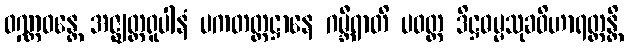
ဝဏ္ဏဝန္တေ အဇ္ဈတ္တရူပါနံ ပကတတ္တဋ္ဌာနေ ဂမ္ဘီရာတိ ပဝတ္တ ဒိဋ္ဌဓမ္မသုခဝိဟာရတ္ထန္တိ